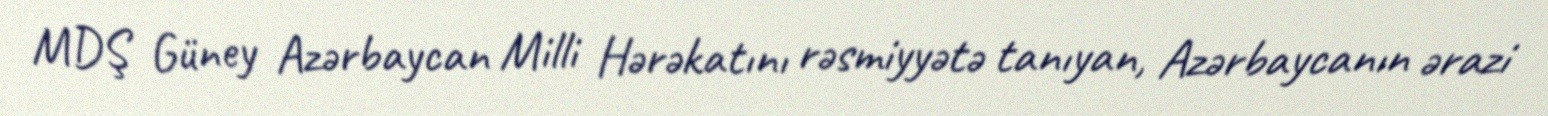
MDŞ Güney Azərbaycan Milli Hərəkatını rəsmiyyətə tanıyan, Azərbaycanın ərazi